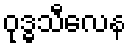
ဝုဒ္ဓသီလေန